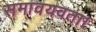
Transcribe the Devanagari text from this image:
समावयवता।